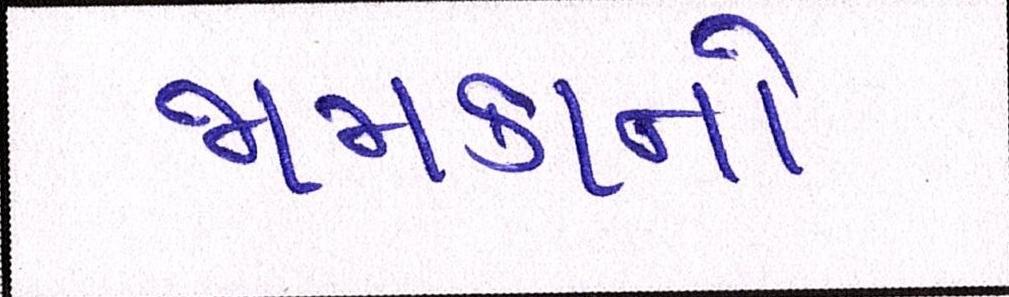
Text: જામકાનો